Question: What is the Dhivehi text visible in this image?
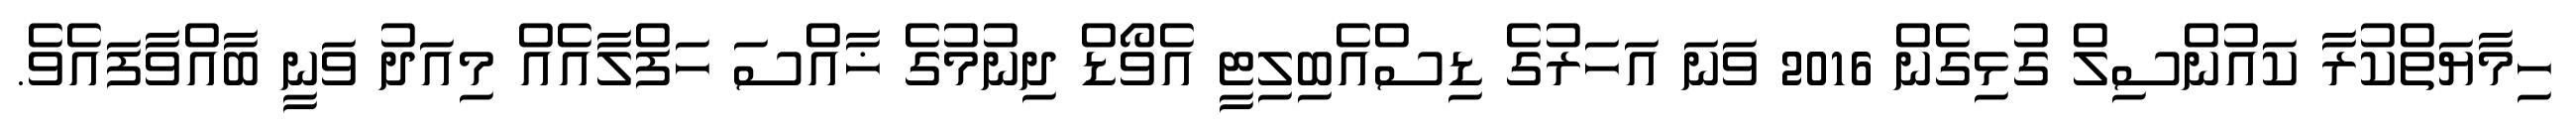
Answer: ހިމާޔަތްކުރާ ކައުންސިލް ގުޅިގެން 2016 ވަނަ އަހަރުގެ ޑިސްއެބިލިޓީ އެވޯޑް ދިނުމުގެ ޚާއްސަ ހަފްލާއެއް މިއަދު ވަނީ ބާއްވާފައެވެ.